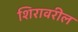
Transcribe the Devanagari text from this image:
शिरावरील